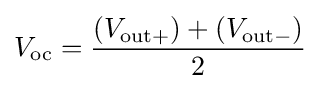
V_{\mathrm {oc} }={\frac {(V_{\mathrm {out+} })+(V_{\mathrm {out-} })}{2}}